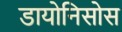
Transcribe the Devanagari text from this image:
डायोनिसोस